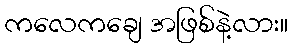
ကလေကချေ အဖြစ်နဲ့လား။